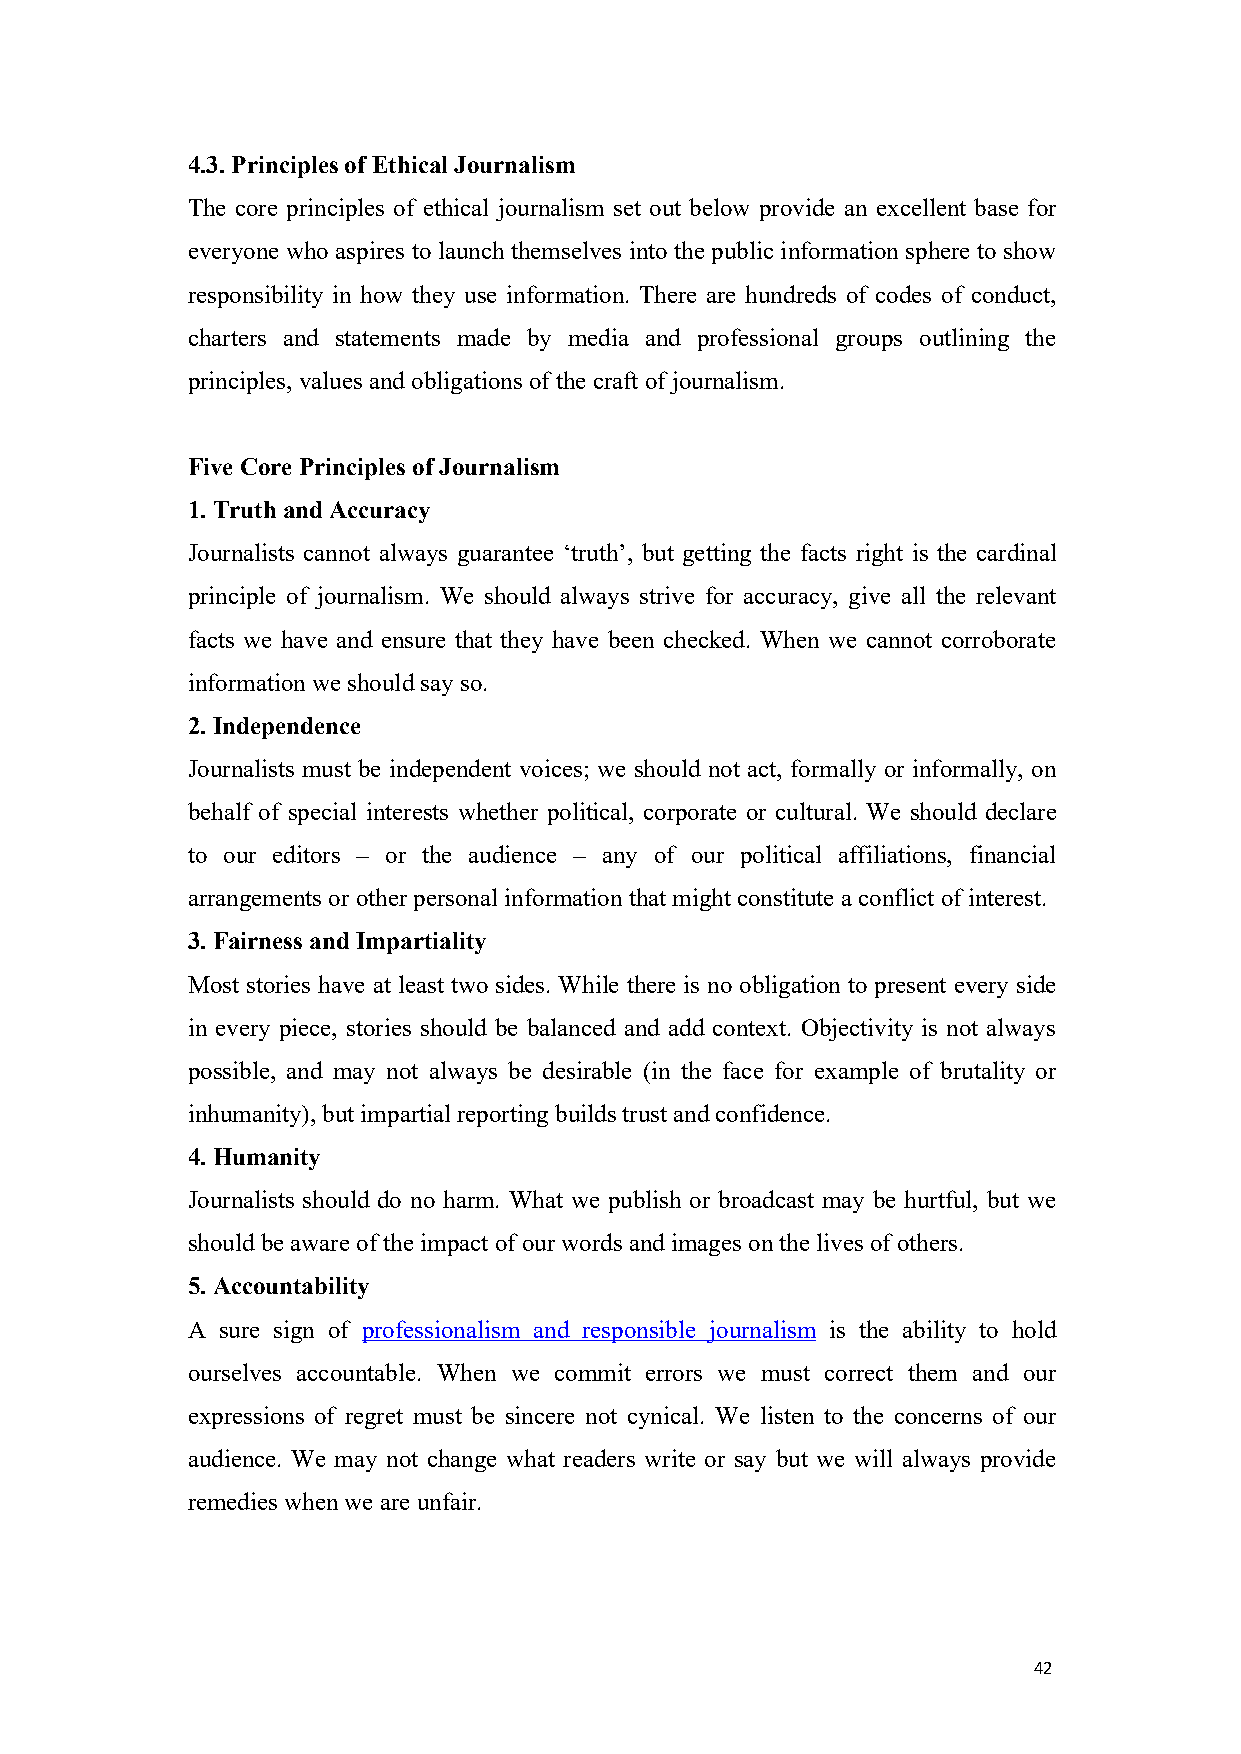
4.3.Principlesof EthicalJournalism
 The core principles of ethical journalism set out below provide an excellent base for
 everyone who aspires to launch themselves into the public information sphere to show
 responsibility in how they use information. There are hundreds of codes of conduct,
 charters and statements made by media and professional groups outlining the
 principles, values and obligations of thecraft ofjournalism.
 FiveCore Principles ofJournalism
 1.Truthand Accuracy
 Journalists cannot always guarantee ‘truth’, but getting the facts right is the cardinal
 principle of journalism. We should always strive for accuracy, give all the relevant
 facts we have and ensure that they have been checked. When we cannot corroborate
 information weshould sayso.
 2.Independence
 Journalists must be independent voices; we should not act, formally or informally, on
 behalf of special interests whether political, corporate or cultural. We should declare
 to our editors – or the audience – any of our political affiliations, financial
 arrangements or otherpersonal information that might constitutea conflict ofinterest.
 3.Fairness andImpartiality
 Most stories have at least two sides. While there is no obligation to present every side
 in every piece, stories should be balanced and add context. Objectivity is not always
 possible, and may not always be desirable (in the face for example of brutality or
 inhumanity), butimpartial reporting buildstrust and confidence.
 4.Humanity
 Journalists should do no harm. What we publish or broadcast may be hurtful, but we
 should beaware oftheimpact ofour words and images onthelives ofothers.
 5.Accountability
 A sure sign of professionalism and responsible journalism is the ability to hold
 ourselves accountable. When we commit errors we must correct them and our
 expressions of regret must be sincere not cynical. We listen to the concerns of our
 audience. We may not change what readers write or say but we will always provide
 remedies when we are unfair.
 42